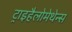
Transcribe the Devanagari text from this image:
ट्राइहैलोमेथेन्स